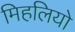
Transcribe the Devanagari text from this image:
मिहलियो